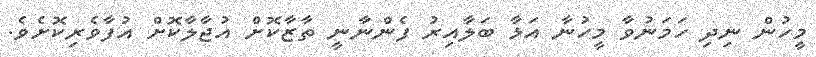
މީހުން ނިދި ހަމަނުވާ މީހުނާ އަޅާ ބަލާއިރު ފެންނާނީ ތާޒާކޮށް އުޖާލާކޮށް އުފާވެރިކޮށެވެ.